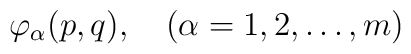
\varphi_\alpha (p,q), \quad ( \alpha = 1,2, \dots, m )